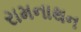
રામનાથન